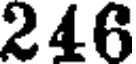
246